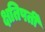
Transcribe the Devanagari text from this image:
क्षतिपर्ती